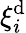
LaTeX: \xi_{i}^{\mathrm{d}}